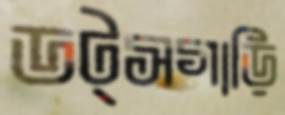
ডট্সগাড়ি